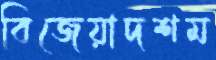
বিজেয়াদশম